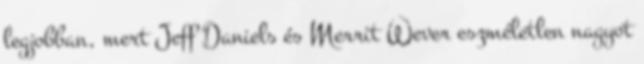
legjobban, mert Jeff Daniels és Merrit Wever eszméletlen nagyot